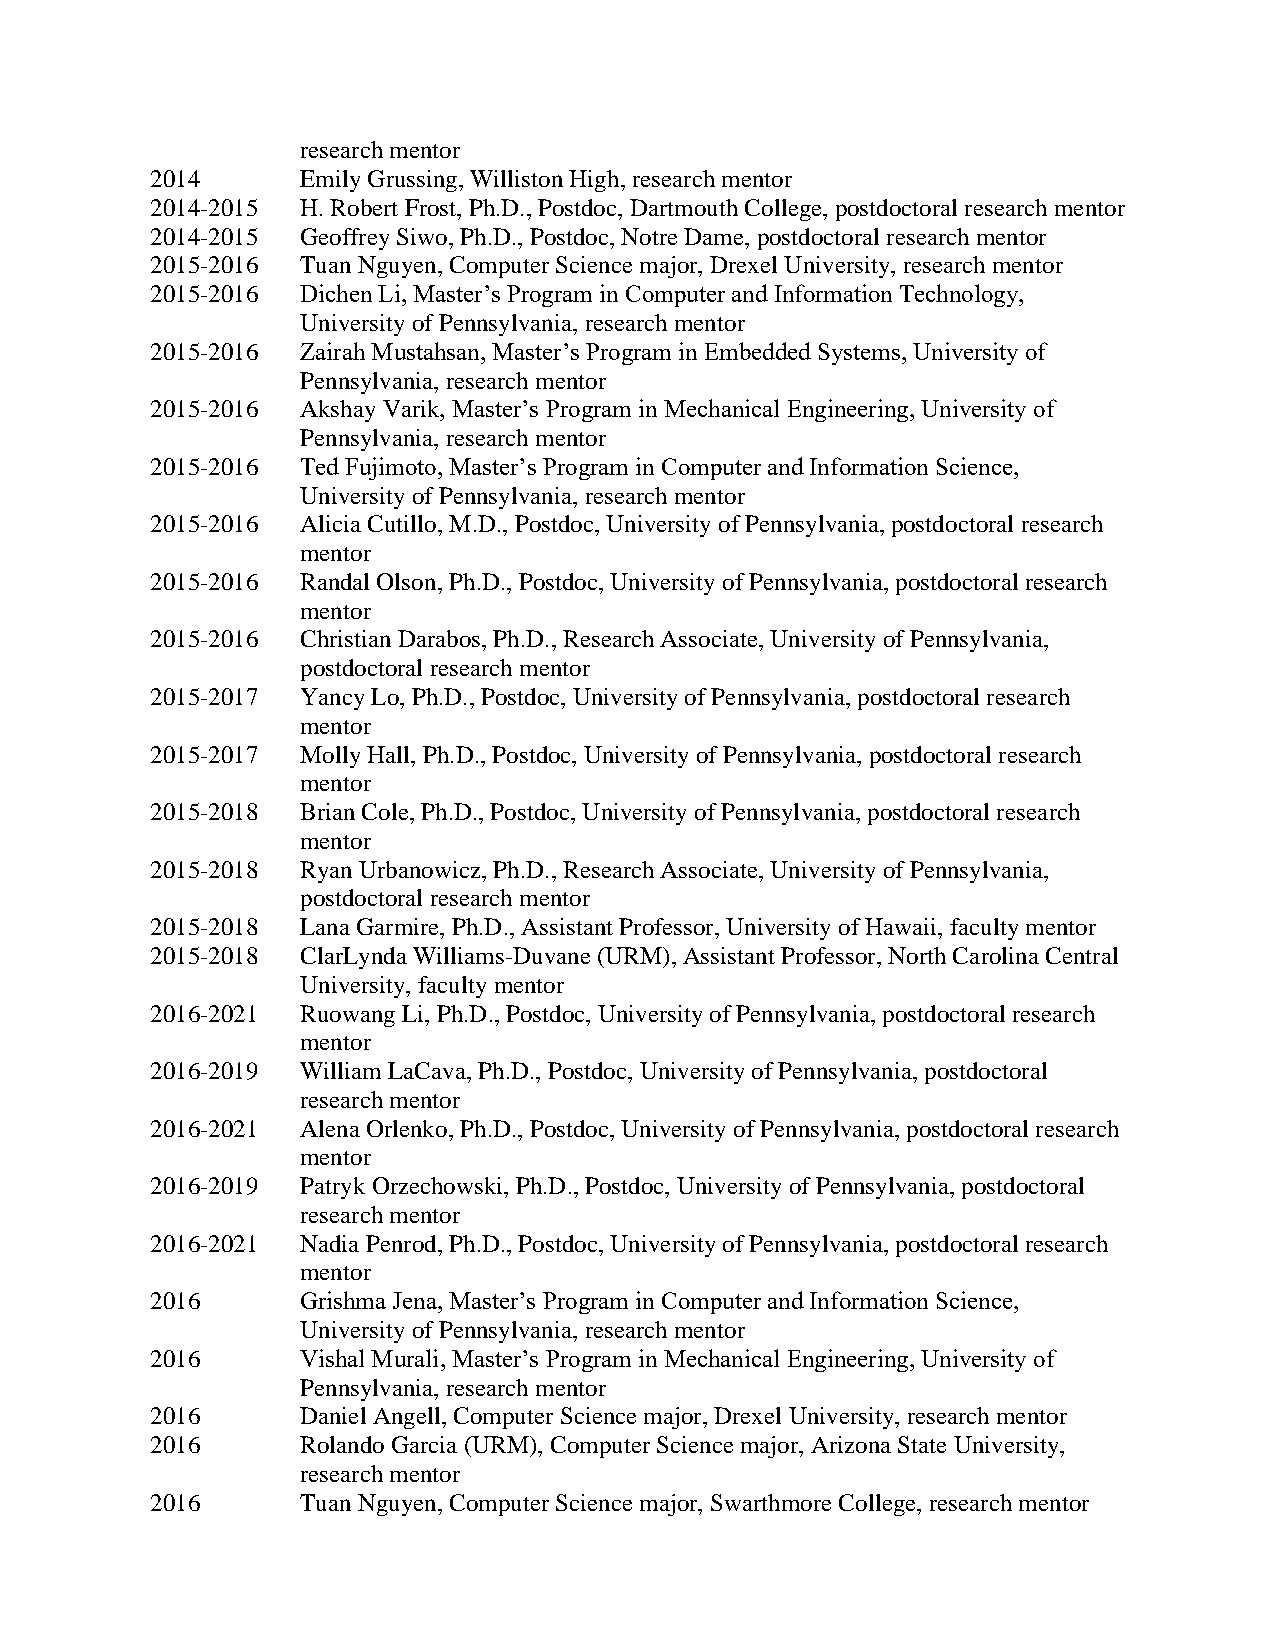
research mentor
 2014      Emily Grussing, Williston High, research mentor
 2014-2015 H. Robert Frost, Ph.D., Postdoc, Dartmouth College, postdoctoral research mentor
 2014-2015 Geoffrey Siwo, Ph.D., Postdoc, Notre Dame, postdoctoral research mentor
 2015-2016 Tuan Nguyen, Computer Science major, Drexel University, research mentor
 2015-2016 Dichen Li, Master’s Program in Computer and Information Technology,
 University of Pennsylvania, research mentor
 2015-2016 Zairah Mustahsan, Master’s Program in Embedded Systems, University of
 Pennsylvania, research mentor
 2015-2016 Akshay Varik, Master’s Program in Mechanical Engineering, University of
 Pennsylvania, research mentor
 2015-2016 Ted Fujimoto, Master’s Program in Computer and Information Science,
 University of Pennsylvania, research mentor
 2015-2016 Alicia Cutillo, M.D., Postdoc, University of Pennsylvania, postdoctoral research
 mentor
 2015-2016 Randal Olson, Ph.D., Postdoc, University of Pennsylvania, postdoctoral research
 mentor
 2015-2016 Christian Darabos, Ph.D., Research Associate, University of Pennsylvania,
 postdoctoral research mentor
 2015-2017 Yancy Lo, Ph.D., Postdoc, University of Pennsylvania, postdoctoral research
 mentor
 2015-2017 Molly Hall, Ph.D., Postdoc, University of Pennsylvania, postdoctoral research
 mentor
 2015-2018 Brian Cole, Ph.D., Postdoc, University of Pennsylvania, postdoctoral research
 mentor
 2015-2018 Ryan Urbanowicz, Ph.D., Research Associate, University of Pennsylvania,
 postdoctoral research mentor
 2015-2018 Lana Garmire, Ph.D., Assistant Professor, University of Hawaii, faculty mentor
 2015-2018 ClarLynda Williams-Duvane (URM), Assistant Professor, North Carolina Central
 University, faculty mentor
 2016-2021 Ruowang Li, Ph.D., Postdoc, University of Pennsylvania, postdoctoral research
 mentor
 2016-2019 William LaCava, Ph.D., Postdoc, University of Pennsylvania, postdoctoral
 research mentor
 2016-2021 Alena Orlenko, Ph.D., Postdoc, University of Pennsylvania, postdoctoral research
 mentor
 2016-2019 Patryk Orzechowski, Ph.D., Postdoc, University of Pennsylvania, postdoctoral
 research mentor
 2016-2021 Nadia Penrod, Ph.D., Postdoc, University of Pennsylvania, postdoctoral research
 mentor
 2016      Grishma Jena, Master’s Program in Computer and Information Science,
 University of Pennsylvania, research mentor
 2016      Vishal Murali, Master’s Program in Mechanical Engineering, University of
 Pennsylvania, research mentor
 2016      Daniel Angell, Computer Science major, Drexel University, research mentor
 2016      Rolando Garcia (URM), Computer Science major, Arizona State University,
 research mentor
 2016      Tuan Nguyen, Computer Science major, Swarthmore College, research mentor